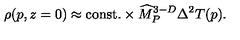
\rho ( p , z = 0 ) \approx \mathrm { c o n s t . } \times { \widehat M } _ { P } ^ { 3 - D } \Delta ^ { 2 } T ( p ) .